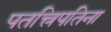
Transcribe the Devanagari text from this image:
पतत्त्रिपतिना